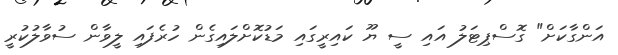
އަންގާކަށް" ގޮސްޕިޓަލު އައި ސީ ޔޫ ކައިރީގައި މަޑުކޮށްލައިގެން ހުރެފައި ލީވާން ސުވާލުކުރީ